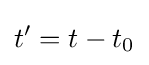
t^{\prime }=t-t_{0}